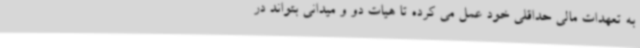
به تعهدات مالی حداقلی خود عمل می کرده تا هیات دو و میدانی بتواند در